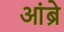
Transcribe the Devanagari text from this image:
आंब्रे